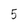
Character: 5